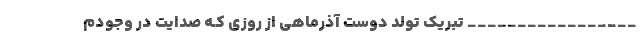
_________________ تبریک تولد دوست آذرماهی از روزی کـه صدایت در وجودم